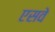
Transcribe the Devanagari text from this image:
एसवे